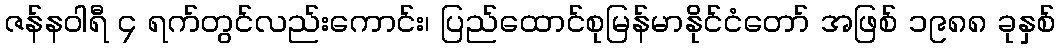
ဇန်နဝါရီ ၄ ရက်တွင်လည်းကောင်း၊ ပြည်ထောင်စုမြန်မာနိုင်ငံတော် အဖြစ် ၁၉၈၈ ခုနှစ်